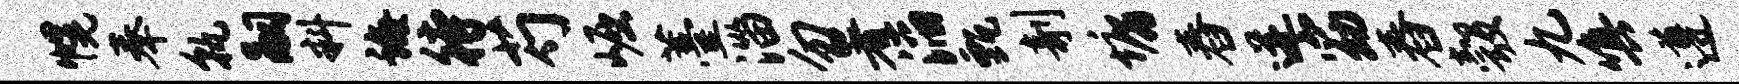
幌奉孰嗣料诲待芍崛薹淄勿署滔甄剞墉舂迸窈舂彀九嗔遵